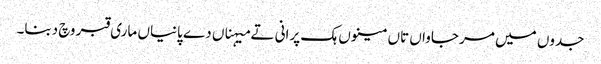
جدوں میں مر جاواں تاں مینوں ہک پرانی تے میہناں دے پانیاں ماری قبر وچ دبنا۔